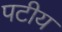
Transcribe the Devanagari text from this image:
पटीय